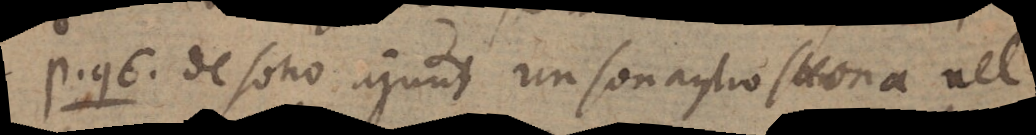
P. 96. De sono ajunt un sonaglio suona nel